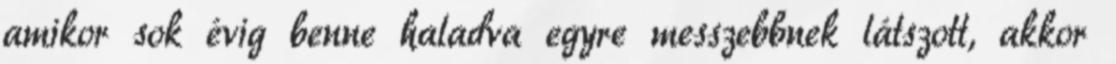
amikor sok évig benne haladva egyre messzebbnek látszott, akkor